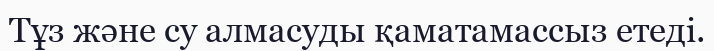
Тұз және су алмасуды қаматамассыз етеді.